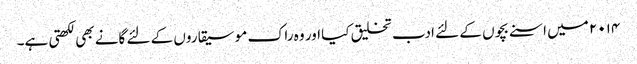
۲۰۱۴ میں اسنے بچوں کے لئے ادب تخلیق کیا اور وہ راک موسیقاروں کے لئے گانے بھی لکھتی ہے۔